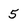
Character: 5